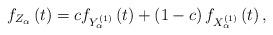
LaTeX: \begin{align*}f_{Z_{\alpha }}\left ( t \right )= cf_{Y_{\alpha }^{\left ( 1 \right )}}\left ( t \right )+\left ( 1-c \right )f_{X_{\alpha }^{\left ( 1 \right )}}\left ( t \right ),\end{align*}